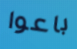
باعوا